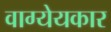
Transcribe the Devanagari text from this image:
वाग्येयकार